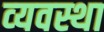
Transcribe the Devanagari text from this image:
व्‍यवस्था